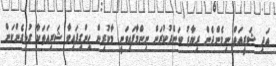
އަދި ޝަރީއަތް ނިމެންދެން ރިޔާޒު ބަންދުކުރަން ނިންމާފައިވަނީ މާކުރިން ހިންގިފައިވާ ޝަރިއަތަކާ ގުޅިގެންކަން